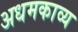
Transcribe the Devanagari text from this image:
अधमकाव्य